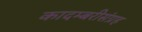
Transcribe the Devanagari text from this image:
कादम्बरीसंग्रह